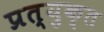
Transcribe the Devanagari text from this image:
प्रत्युक्त